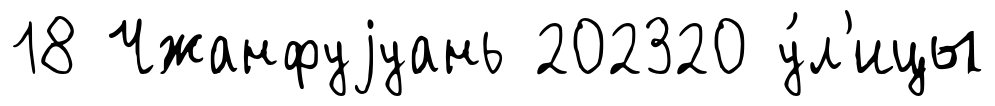
18 Чжанфуjуань 202320 у́л'ицы